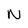
Character: N